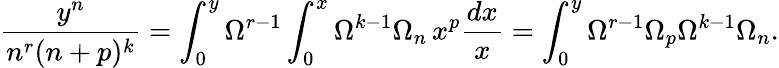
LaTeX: \frac{y^{n}}{n^{r}(n+p)^{k}}=\int_{0}^{y}\Omega^{r-1}\int_{0}^{x}\Omega^{k-1}\Omega_{n}\, x^{p}\frac{dx}{x}=\int_{0}^{y}\Omega^{r-1}\Omega_{p}\Omega^{k-1}\Omega_{n}.